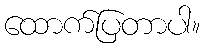
ထောက်ပြတာပါ။